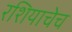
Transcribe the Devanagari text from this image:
रशियाचेच